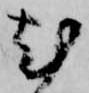
尤